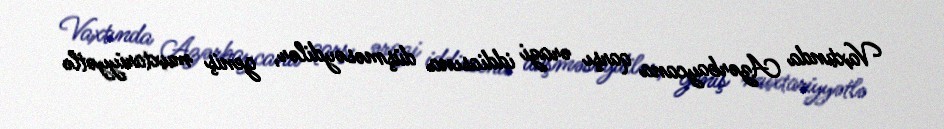
Vaxtında Azərbaycana qarşı ərazi iddiasına düşməsəydilər, geniş muxtariyyətlə